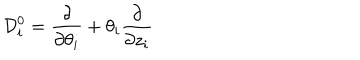
{ \cal D } _ { i } ^ { 0 } = { \frac { \partial } { \partial \theta _ { i } } } + \theta _ { i } { \frac { \partial } { \partial z _ { i } } }